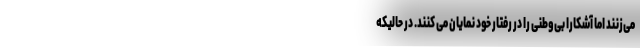
می‌زنند اما آشکارا بی‌وطنی را در رفتار خود نمایان می کنند. در حالیکه